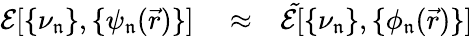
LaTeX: \begin{array}{rlr}{\mathcal{E}[\{ \nu_{\mathfrak{n}}\} ,\{ \psi_{\mathfrak{n}}(\vec{r})\} ]}&{{}\approx}&{\mathcal{\tilde{E}}[\{ \nu_{\mathfrak{n}}\} ,\{ \phi_{\mathfrak{n}}(\vec{r})\} ]}\end{array}